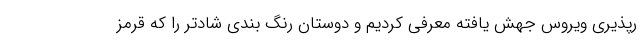
رپذیری ویروس جهش یافته معرفی کردیم و دوستان رنگ بندی شادتر را که قرمز